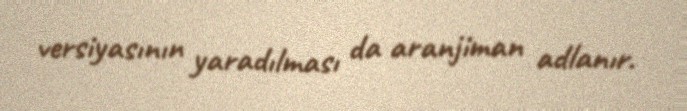
versiyasının yaradılması da aranjiman adlanır.